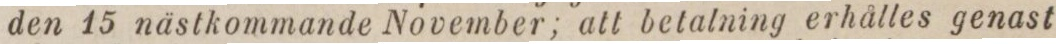
den 15 nästkommande November; att betalning erhålles genast